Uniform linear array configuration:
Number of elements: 8
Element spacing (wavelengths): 0.75
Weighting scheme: hamming
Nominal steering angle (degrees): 45
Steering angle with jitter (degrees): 43.443
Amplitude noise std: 0.05
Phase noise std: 0.05

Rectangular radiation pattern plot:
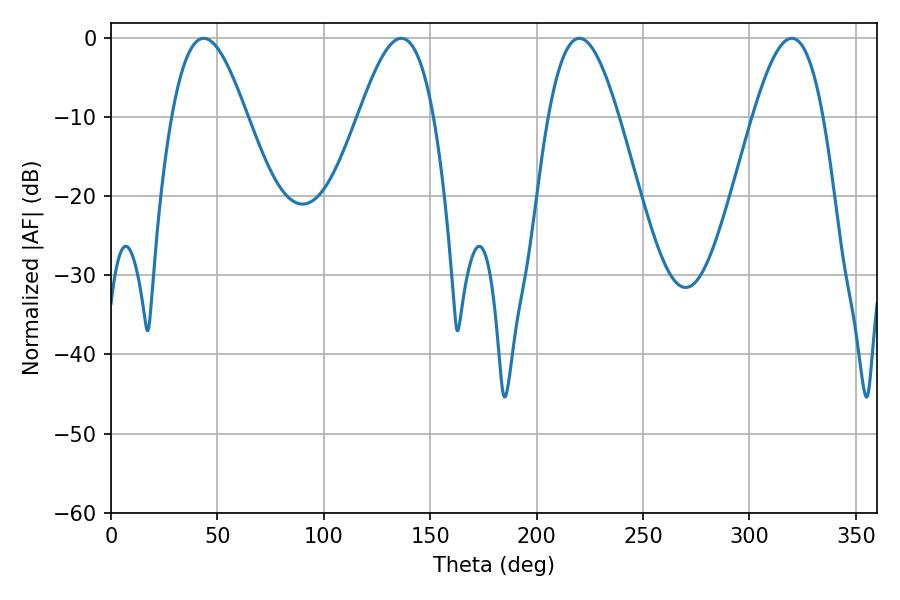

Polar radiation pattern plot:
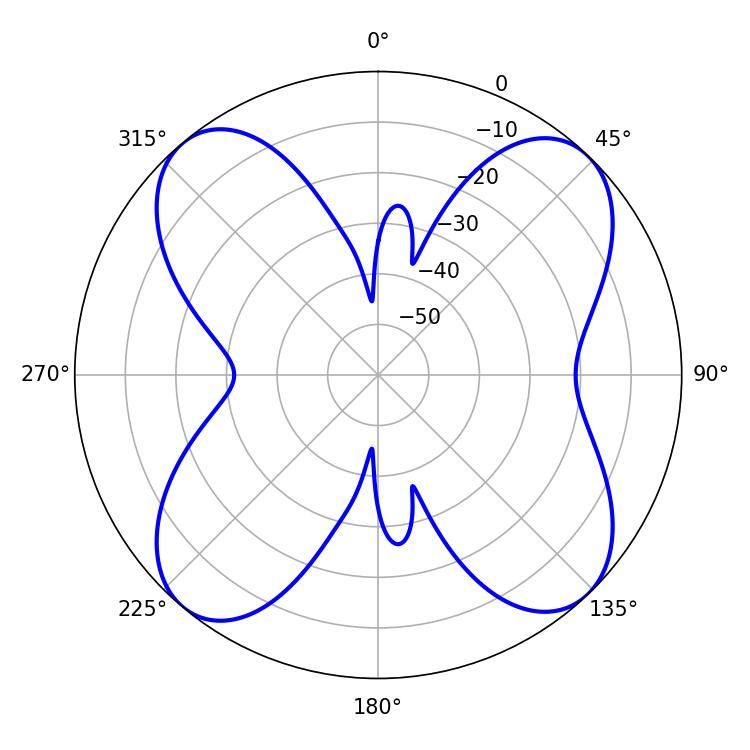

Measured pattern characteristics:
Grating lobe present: TRUE
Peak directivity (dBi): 14.474
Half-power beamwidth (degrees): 18.9
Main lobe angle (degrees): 43.56